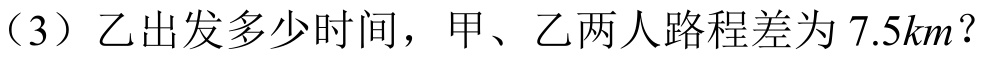
（3）乙出发多少时间，甲、乙两人路程差为\(7.5km\)？